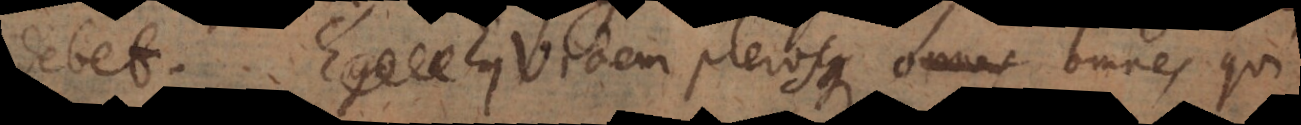
debet. Ego Equidem plerosque omnes qui